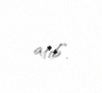
atıb”.